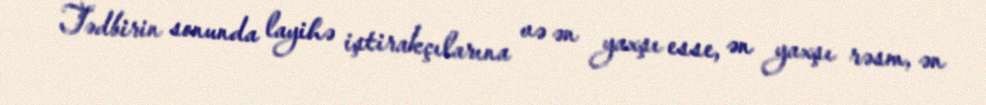
Tədbirin sonunda layihə iştirakçılarına və ən yaxşı esse, ən yaxşı rəsm, ən